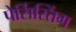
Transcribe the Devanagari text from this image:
पेर्सिस्तिंग